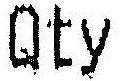
QTY